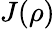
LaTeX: J(\rho)